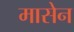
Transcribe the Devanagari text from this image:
मासेन